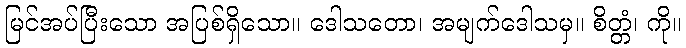
မြင်အပ်ပြီးသော အပြစ်ရှိသော။ ဒေါသတော၊ အမျက်ဒေါသမှ။ စိတ္တံ၊ ကို။